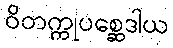
ဝိတက္ကုပစ္ဆေဒါယ